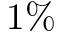
1 \%